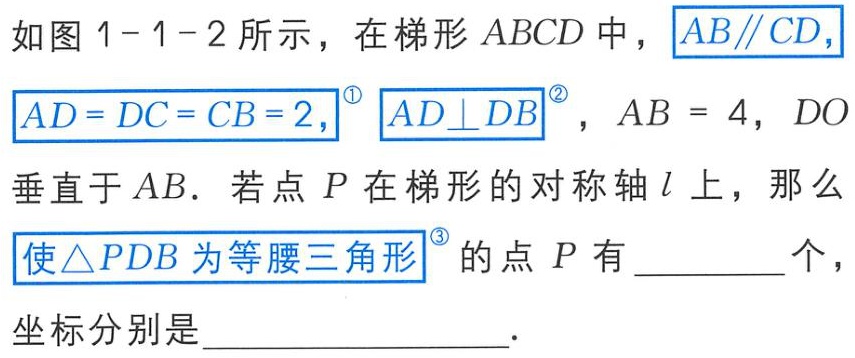
如图 1-1-2 所示，在梯形 \(ABCD\) 中，\(AB\parallel CD\)，\(AD = DC = CB = 2\)，\(AD\perp DB\)，\(AB = 4\)，\(DO\)垂直于 \(AB\)。若点 \(P\) 在梯形的对称轴 \(l\) 上，那么使\(\triangle PDB\) 为等腰三角形的点 \(P\) 有_________个，坐标分别是________________.